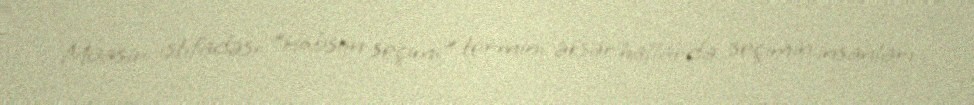
Müasir istifadəsi "Hobson seçimi" termini əksər hallarda seçimin insanları